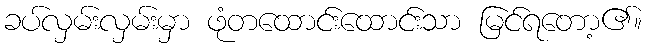
ခပ်လှမ်းလှမ်းမှာ ဖုံတထောင်းထောင်းသာ မြင်ရတော့၏။